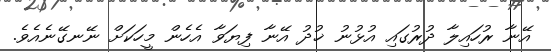
އޭނާ ރުހައިލާ ދުރުގައި އުޅުނު ޚުދު އޭނާ ފިޔަވާ އެހެން މީހަކަށް ނޭނގޭނެއެވެ.